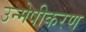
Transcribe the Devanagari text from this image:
उन्मेषीकरण